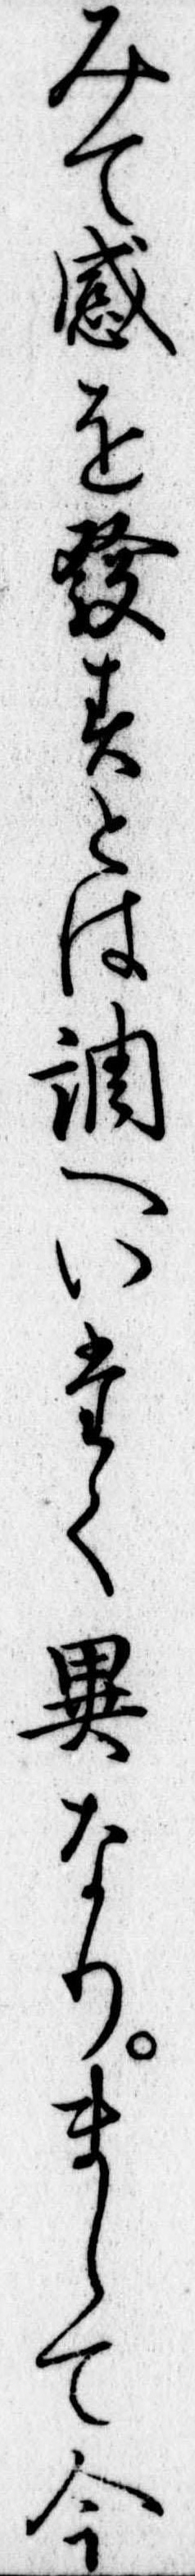
みて感を発すとは調へいたく異なりまして今